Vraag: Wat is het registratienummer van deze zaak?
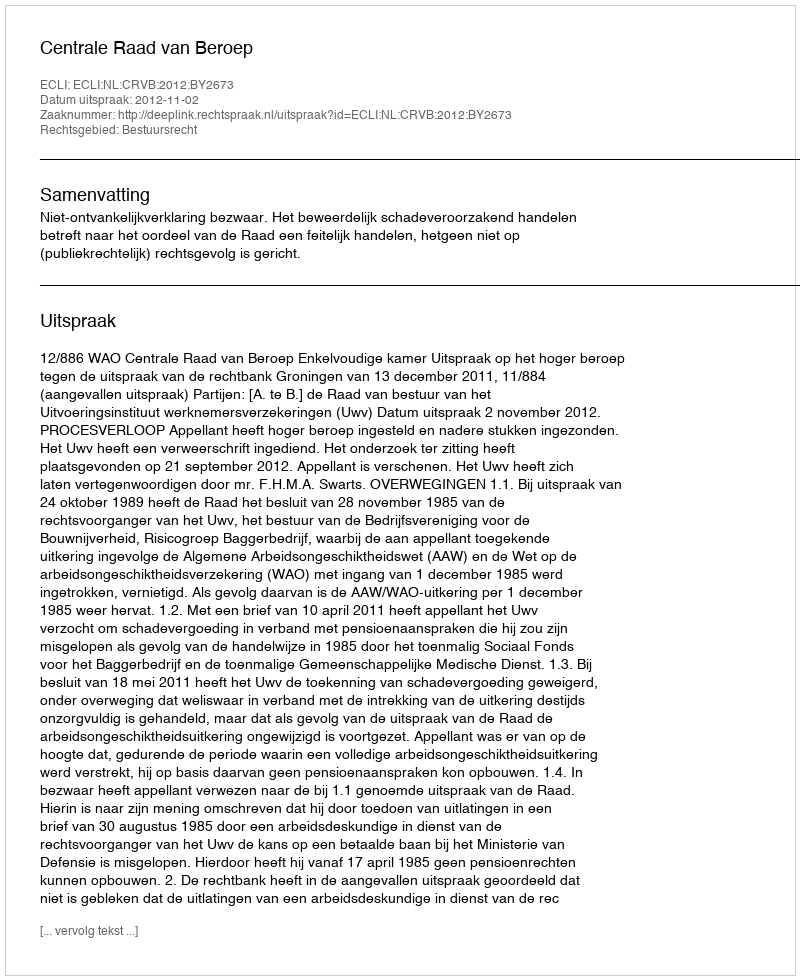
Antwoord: http://deeplink.rechtspraak.nl/uitspraak?id=ECLI:NL:CRVB:2012:BY2673